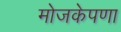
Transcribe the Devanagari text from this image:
मोजकेपणा